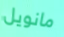
مانويل